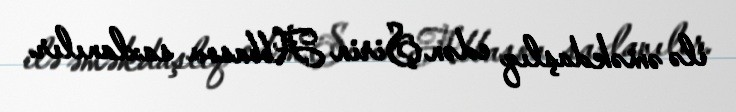
ilə əməkdaşlıq edən Şirin Abbasov saxlanılır.